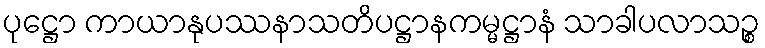
ပုဋ္ဌော ကာယာနုပဿနာသတိပဋ္ဌာနကမ္မဋ္ဌာနံ သာခါပလာသဉ္စ